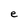
Character: e